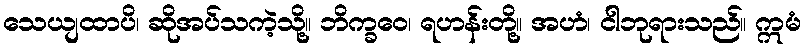
သေယျထာပိ၊ ဆိုအပ်သကဲ့သို့။ ဘိက္ခဝေ၊ ရဟန်းတို့။ အဟံ၊ ငါဘုရားသည်။ ဣမံ